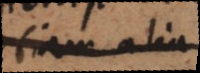
etiam alia